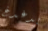
يدغدغ